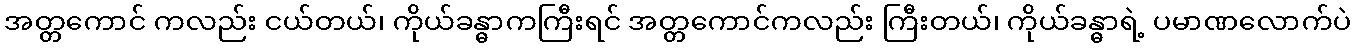
အတ္တကောင် ကလည်း ငယ်တယ်၊ ကိုယ်ခန္ဓာကကြီးရင် အတ္တကောင်ကလည်း ကြီးတယ်၊ ကိုယ်ခန္ဓာရဲ့ ပမာဏလောက်ပဲ